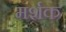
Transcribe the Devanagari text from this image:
मर्शक